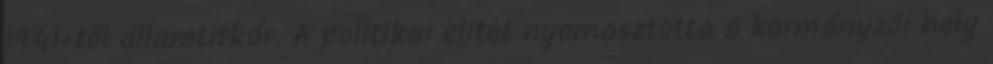
1941-től államtitkár. A politikai elitet nyomasztotta a kormányzói hely